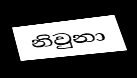
නිවුනා